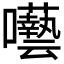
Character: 𭌵